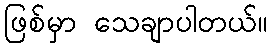
ဖြစ်မှာ သေချာပါတယ်။